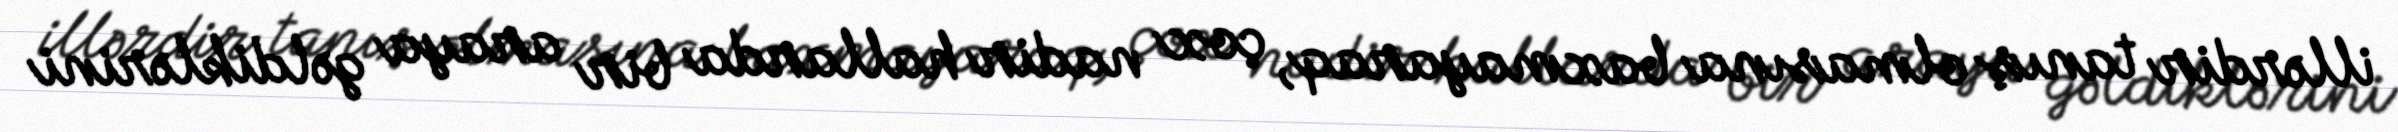
illərdir tanış olmasına baxmayaraq, çox nadir hallarda bir araya gəldiklərini